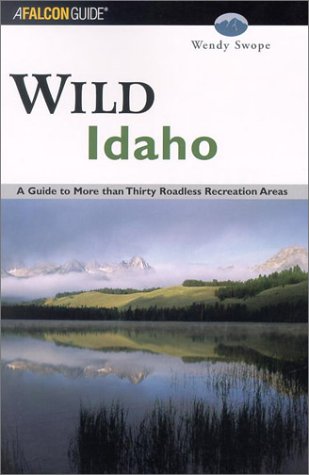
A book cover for Wild Idaho: A Guide to More than Thirty Roadless Recreation Areas (Wild Series); Wendy Swope; Travel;